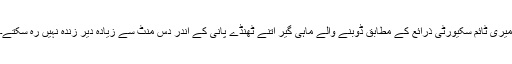
میری ٹائم سکیورٹی ذرائع کے مطابق ڈوبنے والے ماہی گیر اتنے ٹھنڈے پانی کے اندر دس منٹ سے زیادہ دیر زندہ نہیں رہ سکتے۔